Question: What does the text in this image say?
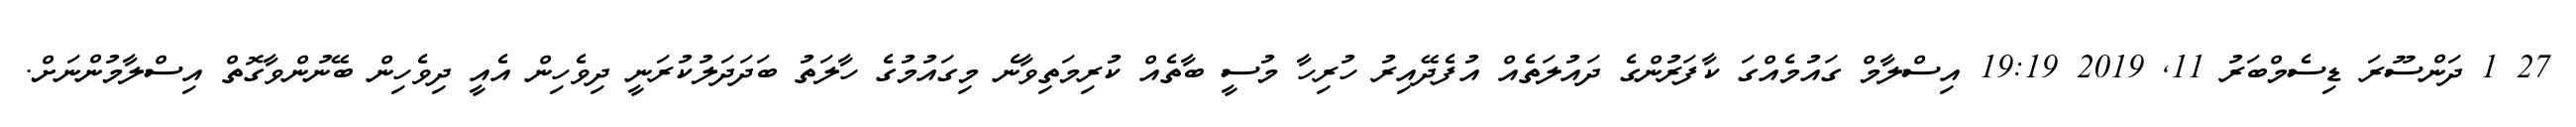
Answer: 27 1 ދަންސޫރަ ޑިސެމްބަރު 11, 2019 19:19 އިސްލާމް ގައުމެއްގަ ކާފަރުންގެ ދައުލަތެއް އުފެދޭއިރު ހުރިހާ މުސީ ބާތެއް ކުރިމަތިވާނެ މިގައުމުގެ ހާލަތު ބަދަދަލުކުރަނީ ދިވެހިން އެއީ ދިވެހިން ބޭނުންވާގޮތް އިސްލާމުންނަށް.